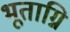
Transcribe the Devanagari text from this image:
भूताग्नि